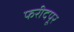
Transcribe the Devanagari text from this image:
फरीदपूर